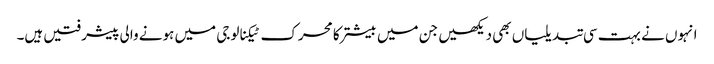
انہوں نے بہت سی تبدیلیاں بھی دیکھیں جن میں بیشتر کا محرک ٹیکنالوجی میں ہونے والی پیشرفتیں ہیں۔